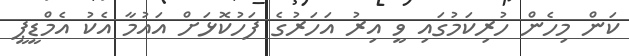
ކަން މިހެން ހުރިކަމުގައި ވީ އިރު އަހަރުގެ ފަހުކޮޅަށް އައުމާ އެކު އެމްޑީޕީ